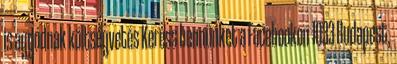
is aggódnak költségvetés Keress bennünket a Facebookon 1033 Budapest,